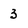
Character: 3